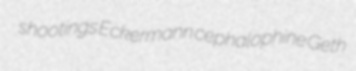
shootings Eckermann cephalophine Geth